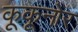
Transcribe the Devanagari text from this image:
कूकूनोर